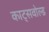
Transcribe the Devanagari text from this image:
काट्सवोल्ड